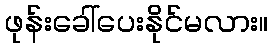
ဖုန်းခေါ်ပေးနိုင်မလား။